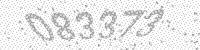
Solution: 083373